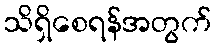
သိရှိစေရန်အတွက်